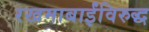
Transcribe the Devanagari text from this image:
रखमाबाईंविरुद्ध